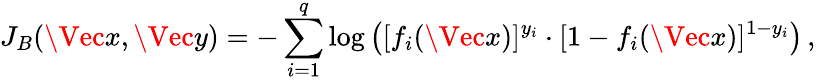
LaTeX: J_{B}(\Vec{x},\Vec{y})=-\sum_{i=1}^{q}\log\left([f_{i}(\Vec{x})]^{y_{i}}\cdot[1-f_{i}(\Vec{x})]^{1-y_{i}}\right)\, ,